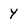
Character: Y